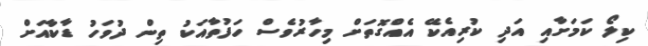
ކިލޯ ކަމަށާއި އަދި ކުރިއެކޭ އެއްގޮތަށް މިހާރުވެސް ހަފުތާއަކު ތިން ދުވަހު ޑާކާއަށް